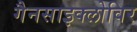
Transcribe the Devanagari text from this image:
गैनसाइक्लोविर